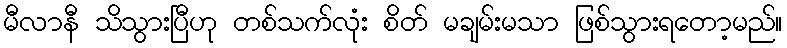
မီလာနီ သိသွားပြီဟု တစ်သက်လုံး စိတ် မချမ်းမသာ ဖြစ်သွားရတော့မည်။